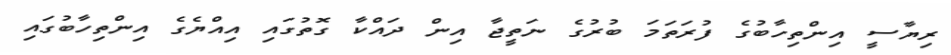
ރިޔާސީ އިންތިހާބުގެ ފުރަތަމަ ބުރުގެ ނަތީޖާ އިން ދައްކާ ގޮތުގައި އިއްޔެގެ އިންތިހާބުގައި